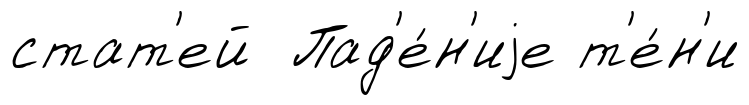
стат'ей Пад'е́н'иjе т'е́н'и